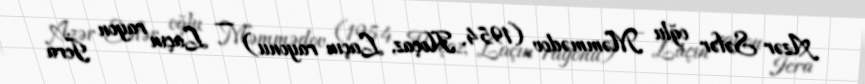
Azər Səfər oğlu Məmmədov (1954, Hoçaz, Laçın rayonu) — Laçın rayon İcra